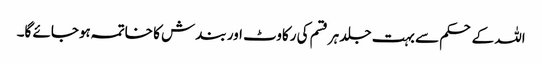
اللہ کے حکم سے بہت جلد ہرقسم کی رکاوٹ اور بندش کا خاتمہ ہوجائے گا۔